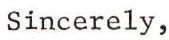
Sincerely,